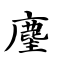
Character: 麈